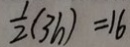
\frac { 1 } { 2 } ( 3 h ) = 1 6